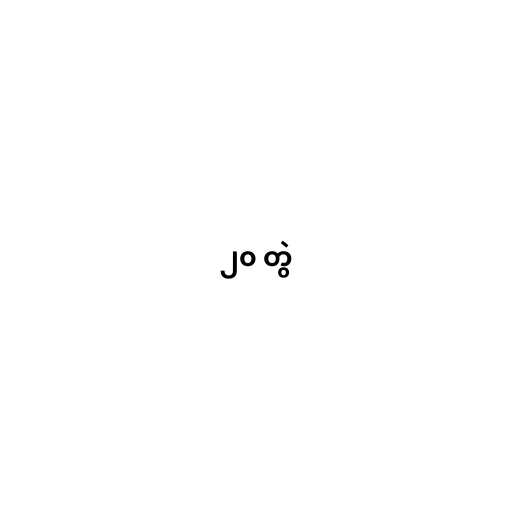
၂၀ တွဲ